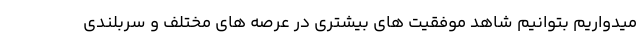
میدواریم بتوانیم شاهد موفقیت های بیشتری در عرصه های مختلف و سربلندی